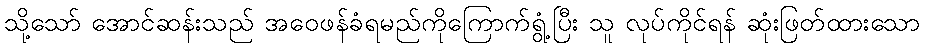
သို့သော် အောင်ဆန်းသည် အဝေဖန်ခံရမည်ကိုကြောက်ရွံ့ပြီး သူ လုပ်ကိုင်ရန် ဆုံးဖြတ်ထားသော